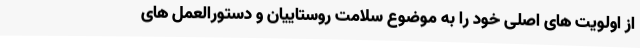
از اولویت های اصلی خود را به موضوع سلامت روستاییان و دستورالعمل های